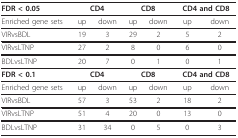
<table><thead><tr><td><b>FDR &lt; 0.05</b></td><td colspan="2"><b>CD4</b></td><td colspan="2"><b>CD8</b></td><td colspan="2"><b>CD4 and CD8</b></td></tr></thead><tbody><tr><td>Enriched gene sets</td><td>up</td><td>down</td><td>up</td><td>down</td><td>up</td><td>down</td></tr><tr><td>VIRvsBDL</td><td>19</td><td>3</td><td>29</td><td>2</td><td>5</td><td>2</td></tr><tr><td>VIRvsLTNP</td><td>27</td><td>2</td><td>8</td><td>0</td><td>6</td><td>0</td></tr><tr><td>BDLvsLTNP</td><td>20</td><td>7</td><td>0</td><td>1</td><td>0</td><td>1</td></tr><tr><td><b>FDR &lt; 0.1</b></td><td colspan="2"><b>CD4</b></td><td colspan="2"><b>CD8</b></td><td colspan="2"><b>CD4 and CD8</b></td></tr><tr><td>Enriched gene sets</td><td>up</td><td>down</td><td>up</td><td>down</td><td>up</td><td>down</td></tr><tr><td>VIRvsBDL</td><td>57</td><td>3</td><td>53</td><td>2</td><td>18</td><td>2</td></tr><tr><td>VIRvsLTNP</td><td>51</td><td>4</td><td>20</td><td>0</td><td>13</td><td>0</td></tr><tr><td>BDLvsLTNP</td><td>31</td><td>34</td><td>0</td><td>5</td><td>0</td><td>3</td></tr></tbody></table>